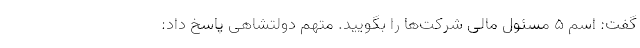
گفت: اسم ۵ مسئول مالی شرکت‌ها را بگویید. متهم دولتشاهی پاسخ داد: